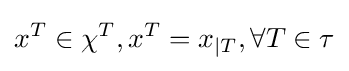
x^{T}\in \chi ^{T},x^{T}=x_{|T},\forall T\in \tau